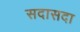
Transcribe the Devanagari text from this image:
सदासदा